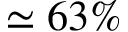
\simeq 6 3 \%